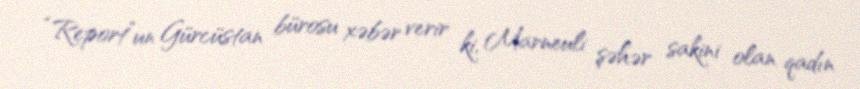
“Report”un Gürcüstan bürosu xəbər verir ki, Marneuli şəhər sakini olan qadın